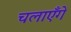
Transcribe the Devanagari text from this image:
चलाएँगे